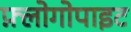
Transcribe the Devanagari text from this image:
फ़्लोगोपाइट